Punjab Mental Hospital Lahore 1922-31 - 1922-1931
Year: 1922
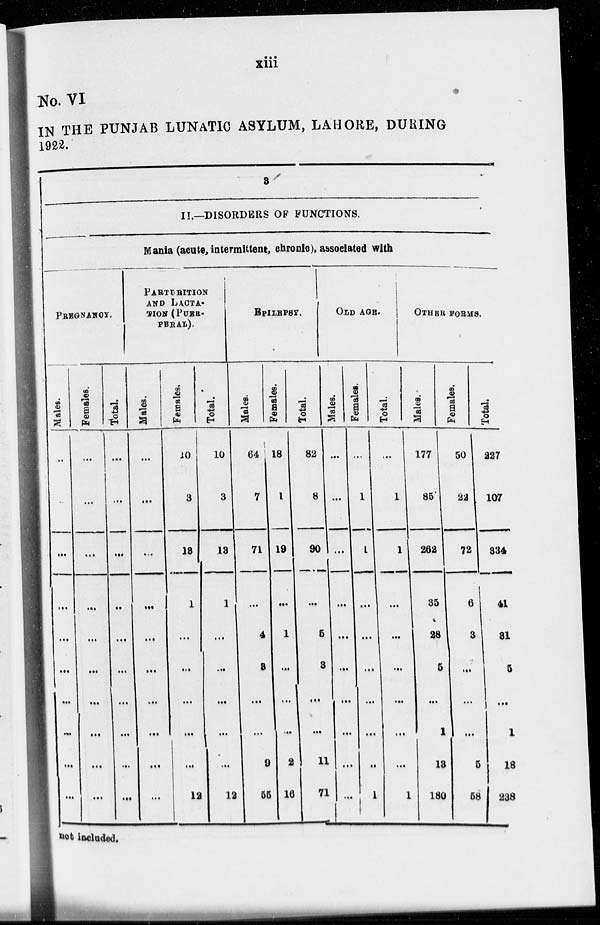
xiii
No. VI
IN THE PUNJAB LUNATIC ASYLUM, LAHORE, DURING
1922.
3
II.—DISORDERS OF FUNCTIONS.
Mania (acute, intermittent, chronic), associated with
PREGNANCY.
Males.
...
...
...
...
...
...
...
...
...
...
Females.
...
...
...
...
...
...
...
...
...
...
Total.
...
...
...
...
...
...
...
...
...
...
PARTURITION
AND LACTA¬
TION (PUER-
PERAL).
Males.
...
...
...
...
...
...
...
...
...
...
Females.
10
3
13
1
...
...
...
...
...
12
Total.
10
3
13
1
...
...
...
...
...
12
EPILEPSY.
Males.
64
7
71
...
4
3
...
...
9
55
Females.
18
1
19
...
1
...
...
...
2
16
Total.
82
8
90
...
5
3
...
...
11
71
OLD AGE.
Males.
...
...
...
...
...
...
...
...
...
...
Females.
...
1
1
...
...
...
...
...
...
1
Total.
...
1
1
...
...
...
...
...
...
1
OTHER FORMS.
Males.
177
85
262
35
28
5
...
1
13
180
Females.
50
22
72
6
3
...
...
...
5
58
Total.
227
107
334
41
31
5
...
1
18
238
not included.